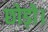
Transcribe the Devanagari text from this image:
छोड़ो।